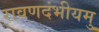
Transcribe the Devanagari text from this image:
रावणदंभीयमु